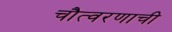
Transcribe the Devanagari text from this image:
चौत्वरणाची